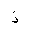
Letter: _thal